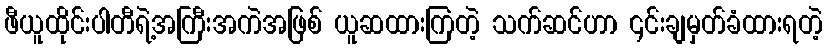
ဖီယူထိုင်းပါတီရဲ့အကြီးအကဲအဖြစ် ယူဆထားကြတဲ့ သက်ဆင်ဟာ ၎င်းချမှတ်ခံထားရတဲ့